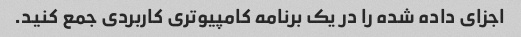
اجزای داده شده را در یک برنامه کامپیوتری کاربردی جمع کنید.